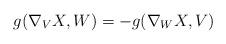
LaTeX: \begin{align*}g(\nabla_{V}X,W)=-g(\nabla_{W}X,V)\end{align*}